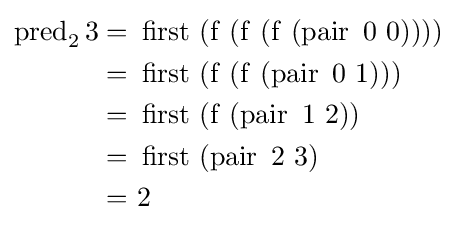
{\begin{aligned}\operatorname {pred} _{2}3=&\ \operatorname {first} \ (\operatorname {f} \ (\operatorname {f} \ (\operatorname {f} \ (\operatorname {pair} \ 0\ 0))))\\=&\ \operatorname {first} \ (\operatorname {f} \ (\operatorname {f} \ (\operatorname {pair} \ 0\ 1)))\\=&\ \operatorname {first} \ (\operatorname {f} \ (\operatorname {pair} \ 1\ 2))\\=&\ \operatorname {first} \ (\operatorname {pair} \ 2\ 3)\\=&\ 2\end{aligned}}